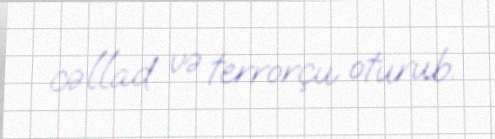
cəllad və terrorçu oturub.